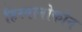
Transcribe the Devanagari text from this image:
हिस्पानोफोन